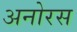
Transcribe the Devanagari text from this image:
अनोरस